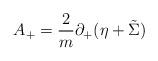
LaTeX: \begin{align*}A_+ = {\frac{2}{m}} \partial_+ (\eta + \tilde{\Sigma}) \end{align*}